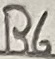
Text: R6